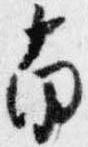
南